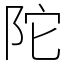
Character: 陀